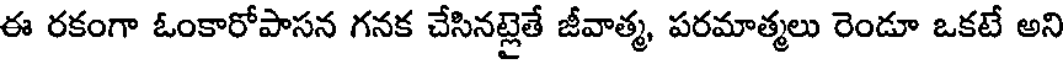
ఈ రకంగా ఓంకారోపాసన గనక చేసినట్లైతే జీవాత్మ, పరమాత్మలు రెండూ ఒకటే అని